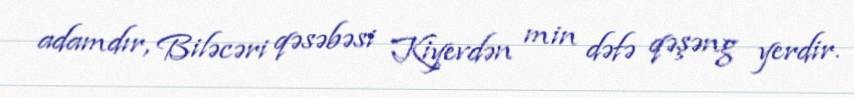
adamdır, Biləcəri qəsəbəsi Kiyevdən min dəfə qəşəng yerdir.